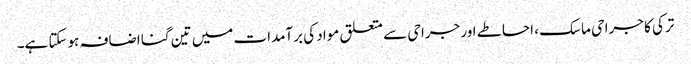
ترکی کا جراحی ماسک ، احاطے اور جراحی سے متعلق مواد کی برآمدات میں تین گنا اضافہ ہوسکتا ہے۔